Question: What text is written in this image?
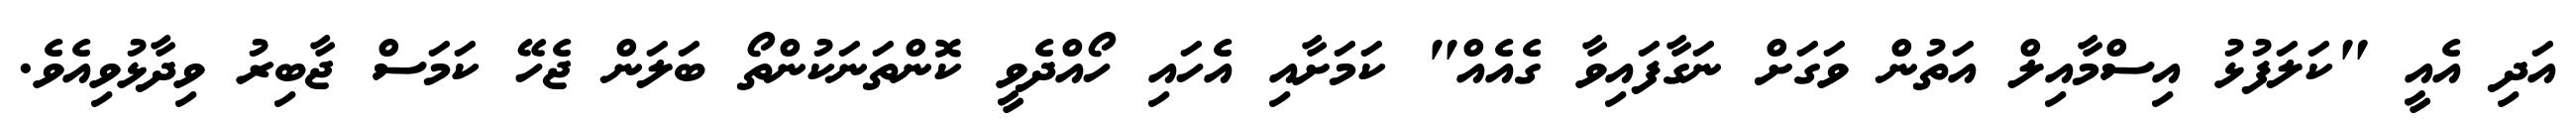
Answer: އަދި އެއީ "ކަލަފުޅު އިސްމާއިލް އަތުން ވަގަށް ނަގާފައިވާ ގެއެއް" ކަމަށާއި އެހައި ހޯއްދެވީ ކޮންތަނަކުންތޯ ބަލަން ޖެހޭ ކަމަސް ޖާބިރު ވިދާޅުވިއެވެ.